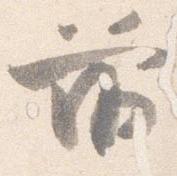
前